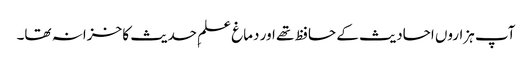
آپ ہزاروں احادیث کے حافظ تھے اور دماغ علمِ حدیث کا خزانہ تھا۔